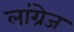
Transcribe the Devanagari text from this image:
लांग्रेज